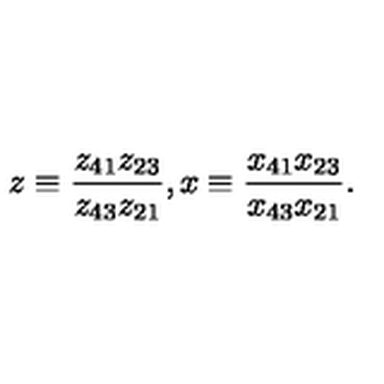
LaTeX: z \equiv \frac { z _ { 4 1 } z _ { 2 3 } } { z _ { 4 3 } z _ { 2 1 } } , x \equiv \frac { x _ { 4 1 } x _ { 2 3 } } { x _ { 4 3 } x _ { 2 1 } } .